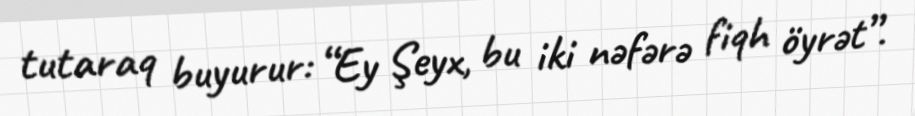
tutaraq buyurur: “Ey Şeyx, bu iki nəfərə fiqh öyrət”.